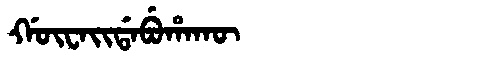
Manchu: ᡤᡡᠸᠠᡳᡩᠠᠪᡠᡥᠠᡴᡡ
Romanization: GŪWAIDABUHAKŪ